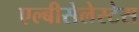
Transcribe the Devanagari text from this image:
एल्बीसेलेस्टेस